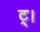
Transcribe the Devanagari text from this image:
ट्।